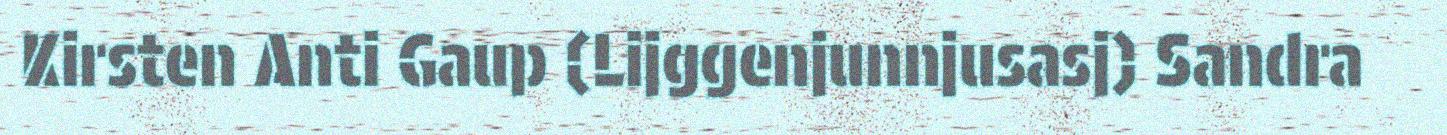
Kirsten Anti Gaup (Lijggenjunnjusasj) Sandra